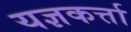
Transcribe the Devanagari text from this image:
यज्ञकर्त्ता